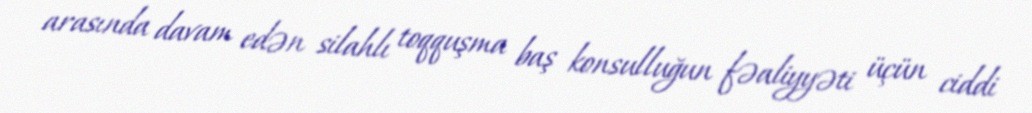
arasında davam edən silahlı toqquşma baş konsulluğun fəaliyyəti üçün ciddi